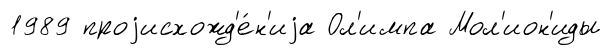
1989 проjисхожд'е́н'иjа Ол'импа Мол'ион'иды